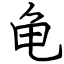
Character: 龟